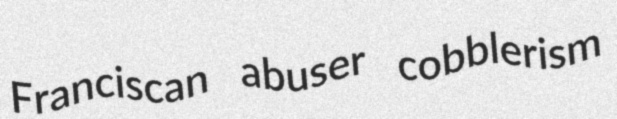
Franciscan abuser cobblerism